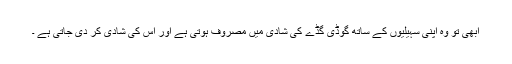
ابھی تو وہ اپنی سہیلیوں کے ساتھ گوڈی گڈے کی شادی میں مصروف ہوتی ہے اور اس کی شادی کر دی جاتی ہے ۔